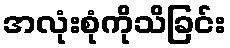
အလုံးစုံကိုသိခြင်း